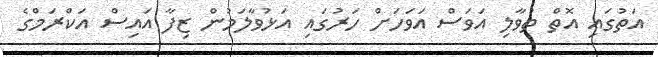
އަތުގައި އޮތް ތުވާލި އަވަސް އަވަހަށް ހަރުގައި އަޅުވާލަމުން ޒިފާ އައިސް އަކްރަމްގެ